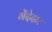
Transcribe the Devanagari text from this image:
गेंदेदार